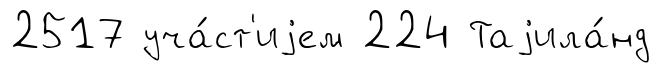
2517 уча́ст'иjем 224 Таjила́нд